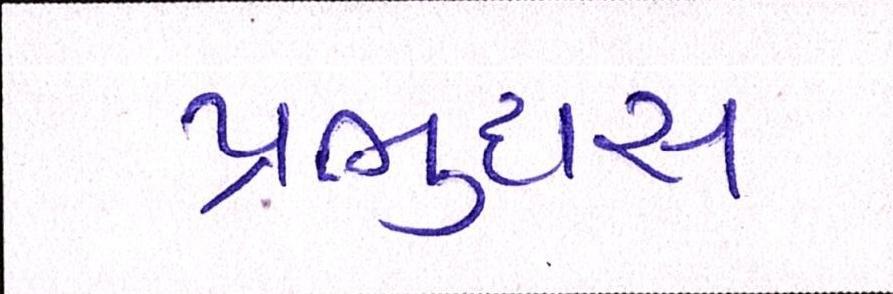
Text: પ્રભુદાસ